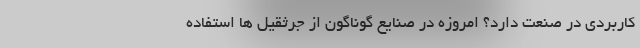
کاربردی در صنعت دارد؟ امروزه در صنایع گوناگون از جرثقیل ها استفاده